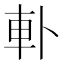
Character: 𨊣